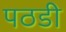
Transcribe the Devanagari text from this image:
पठडी